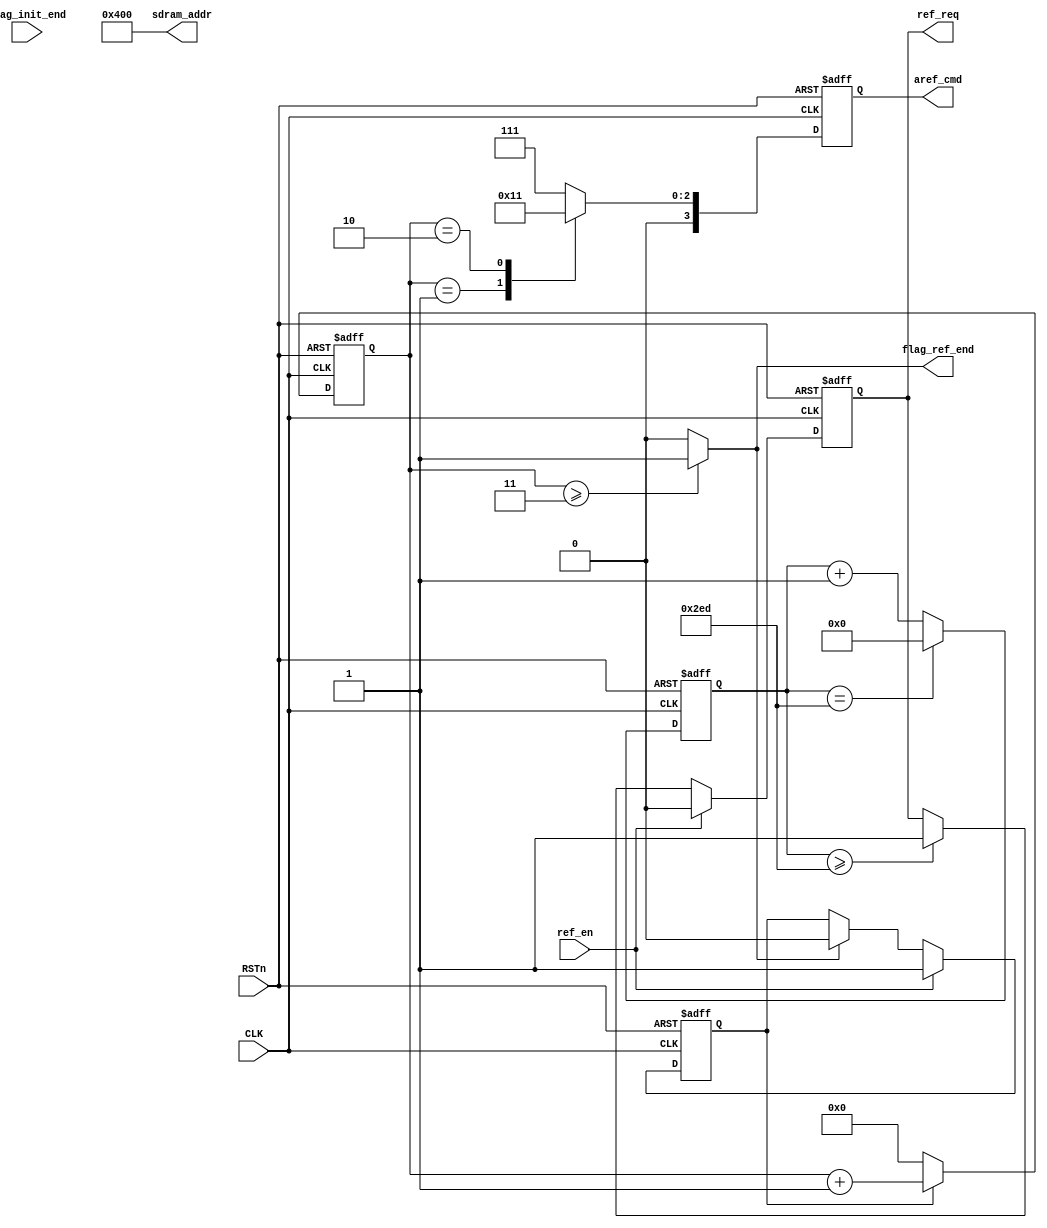
module sdram_aref(

	input 						CLK									,
	input 						RSTn								,

	input 						ref_en 								,
	input 						flag_init_end						,
	output reg   				ref_req								,
	output wire 				flag_ref_end						,

	output reg  [ 3:0]    		aref_cmd							,
	output wire [11:0] 			sdram_addr							
);

localparam DELAY_15US = 749;

//COMMAND
localparam NOP 				= 4'b0111 	;
localparam PERCHARGE 		= 4'b0010 	;			
localparam AREFRESH 		= 4'b0001 	;			
//localparam LOAD_REGISTER 	= 4'b0000 	;


reg [ 3:0] 	cmd_cnt;//command counter
reg [ 9:0] 	ref_cnt;//750 need 10bit
reg 		flag_ref;//inside refresh signal


//ref_cnt
always @(posedge CLK or negedge RSTn) 
begin
	if (!RSTn) 
		begin
			ref_cnt <= 0;
		end
	else if (ref_cnt == DELAY_15US) 
		begin
			ref_cnt <= 0;
		end
	else 
		begin
			ref_cnt <= ref_cnt + 1;
		end
end

//15us push reg_req
//assign ref_req = (ref_cnt >= DELAY_15US) ? 1 : 0;
always @(posedge CLK or negedge RSTn) 
begin
	if (!RSTn) 
		begin
			ref_req <= 0;
		end
	else if (ref_en)
	 	begin
			ref_req <= 0;
		end
	else if (ref_cnt >= DELAY_15US) 
		begin
			ref_req <= 1;
		end
end

//flag_ref
always @(posedge CLK or negedge RSTn) 
begin
	if (!RSTn) 
		begin
			flag_ref <= 0;		
		end
	else if (ref_en) 
		begin
			flag_ref <= 1;
		end
	else if (flag_ref_end)
		begin
			flag_ref <= 0;
		end
end

//flag_ref_end
assign flag_ref_end = (cmd_cnt >= 4'd3) ? 1 : 0;

//cmd_cnt
always @(posedge CLK or negedge RSTn) 
begin
	if (!RSTn) 
		begin
			cmd_cnt <= 0;		
		end
	else if (flag_ref) 
		begin
			cmd_cnt <= cmd_cnt + 1;
		end
	else 
		begin
			cmd_cnt <= 0;
		end
end

//command
always @(posedge CLK or negedge RSTn) 
begin
	if (!RSTn) 
		begin
			aref_cmd <= NOP;
		end
	else 
		case(cmd_cnt)
		1:		aref_cmd <= PERCHARGE;
		2:		aref_cmd <= AREFRESH;
		default:aref_cmd <= NOP;

		endcase
end
//always @(posedge CLK or negedge RSTn) 
//begin
//	if (!RSTn) 
//		begin
//			aref_cmd <= NOP;
//		end
//	else if (cmd_cnt == 'd2) 
//		begin
//			aref_cmd <= AREFRESH;
//		end
//	else 
//		aref_cmd <= NOP;
//end

assign sdram_addr = 12'b0100_0000_0000;//percharge A10 = 1

endmodule